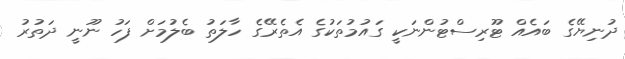
ދުނިޔޭގެ ބައެއް ޓޫރިސްޓުންނަކީ ގައުމުތަކުގެ އެތެރޭގެ ހާލަތު ބެލުމަށް ފަހު ނޫނީ ދަތުރު